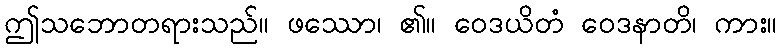
ဤသဘောတရားသည်။ ဖဿော၊ ၏။ ဝေဒယိတံ ဝေဒနာတိ၊ ကား။